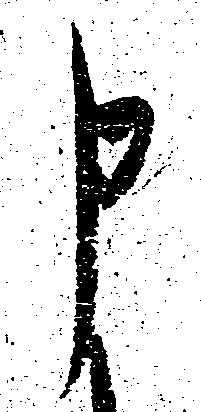
申